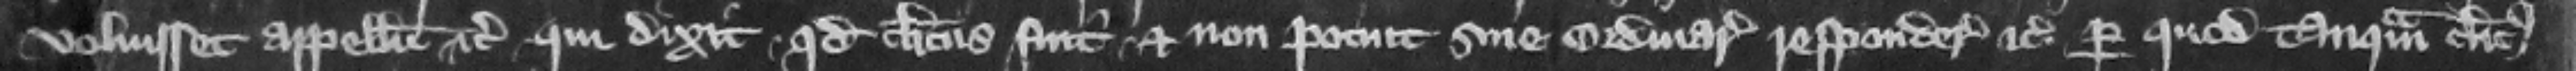
voluisset appellum etc. qui dixit quod clericus fuit et non potuit sine ordinario respondere etc. per quod tanquam clericus